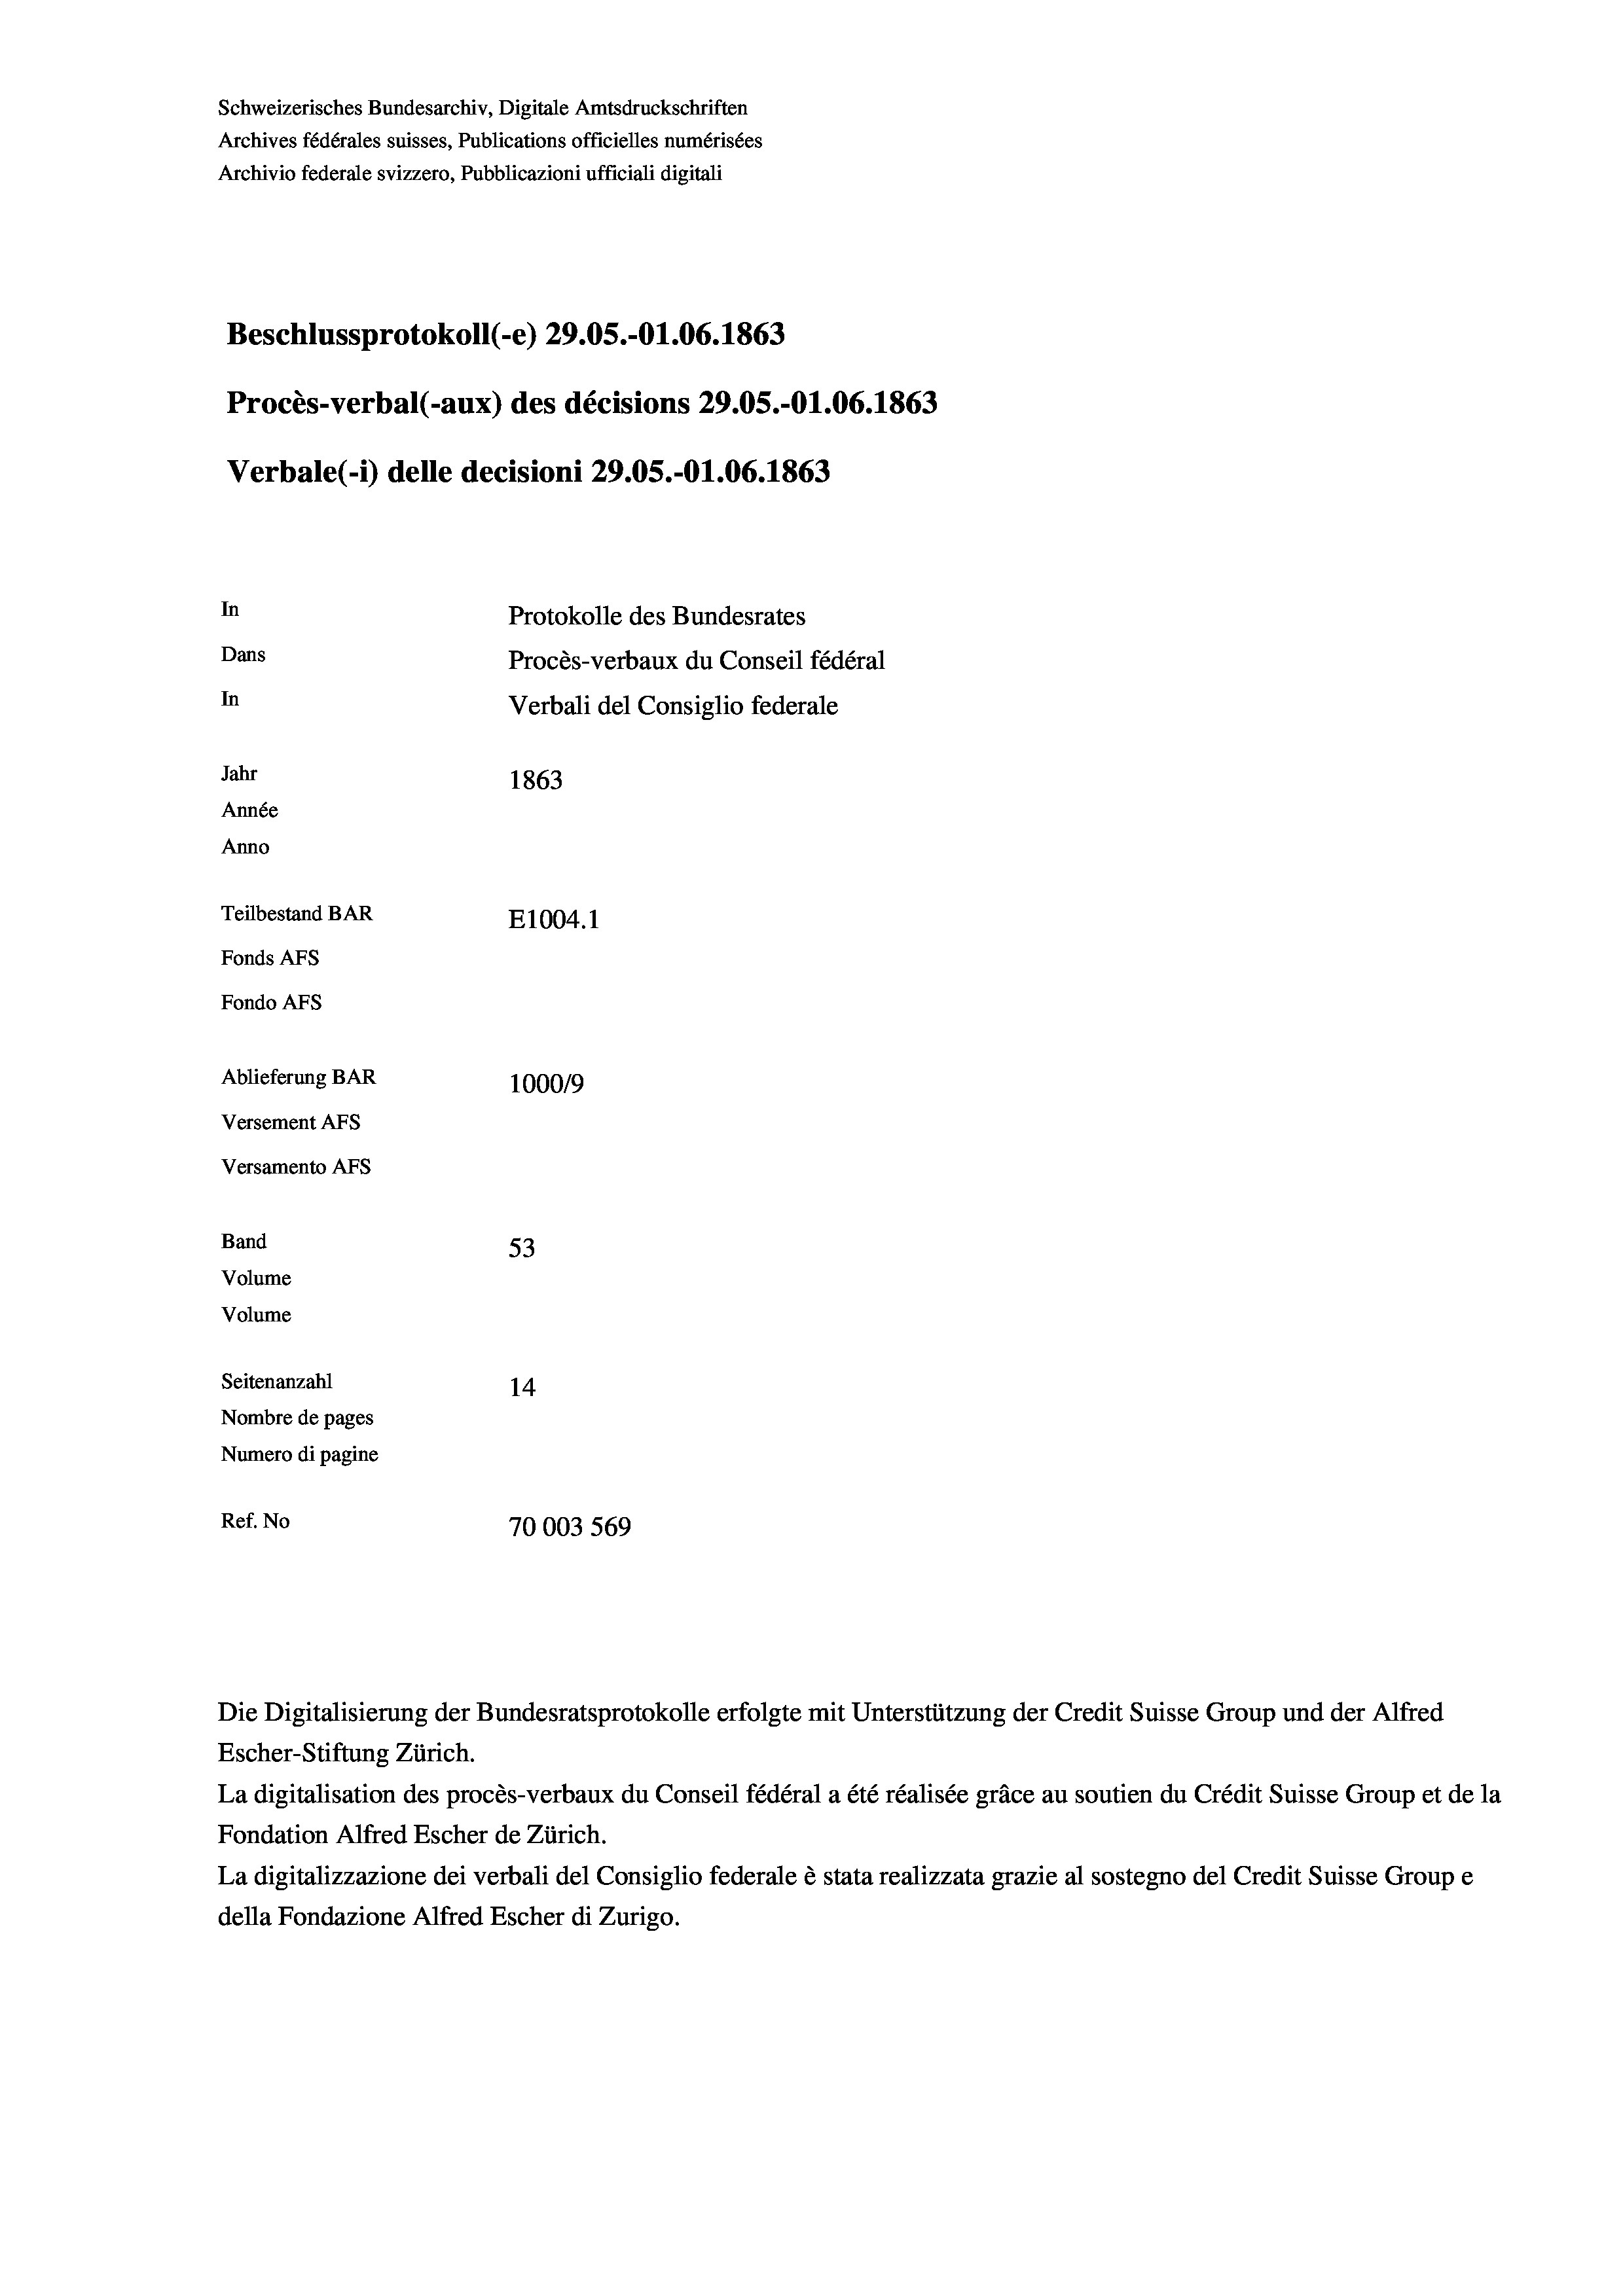
Beschlussprotokoll (-e) 29.05.-O1.06. 1863
Procès-verbal (-aux) des décisions 29.05.-O1.06. 1863
Verbale(-*) delle decisioni 29.05.-O1.06. 1863
In
Protokolle des Bundesrates
Dans
Procès-verbaux du Conseil fédéral
In
Verbali del Consiglio federale
Jahr
1863
Année
Anno
Teilbestand BAR
E1004. 1
Fonds AFs
Fondo Afs

Ablieferung BAR
Versement Ans
Versamento Afs
Band
Volume
Volume

53
Seitenanzahl
14
Nombre de pages
Numero di pagine
Ref. No
70003 569

Schweizerisches Bundesarchiv, Digitale Amtsdruckschriften
Archives fédérales suisses, Publications officielles numérisées

Archivio federale svizzero, Pubblicazioni ufficiali digitali

100019

Escher-Stiftung Zürich.
La digitalisation des procès-verbaux du Conseil fédéral a été réalisée gräce au soutien du Crédit Suisse Group et de la
Fondation Alfred Escher de Zürich.
La digitalizzazione dei verbali del Consiglio federale è stata realizzata grazie al sostegno del Credit Suisse Groupe
della Fondazione Alfred Escher di Zurigo.

Die Digitalisierung der Bundesratsprotokolle erfolgte mit Unterstützung der Credit Suisse Group und der Alfred